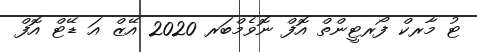
ޓު މާރކް ފޯރޓީންތް އޮފް ނޮވެމްބަރ 2020 އޭޒް އަ ޑޭޓް އޮފް